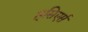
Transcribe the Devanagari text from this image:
हूसिएर्स